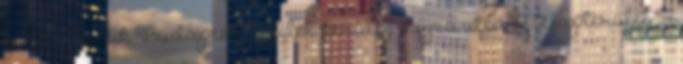
gondolkodik Budapest, VIII. kerület Lujza utca 10. Alapterület 54